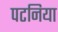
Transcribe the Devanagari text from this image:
पटनिया